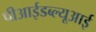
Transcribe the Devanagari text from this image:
पीआईडब्ल्यूआई